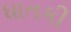
ધાતકી